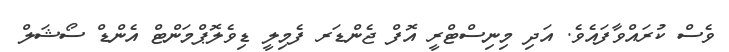
ވެސް ކުރައްވާފައެވެ. އަދި މިނިސްޓްރީ އޮފް ޖެންޑަރ ފެމިލީ ޑިވެލޮޕްމަންޓް އެންޑް ސޯޝަލް